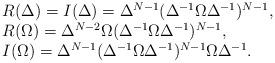
LaTeX: \begin{align*}\begin{array}{l}R(\Delta )= I(\Delta )=\Delta^{N-1} (\Delta^{-1} \Omega \Delta^{-1} )^{N-1}, \\R(\Omega )=\Delta^{N-2} \Omega (\Delta^{-1} \Omega \Delta^{-1} )^{N-1}, \\I(\Omega )= \Delta^{N-1} (\Delta^{-1} \Omega \Delta^{-1} )^{N-1} \Omega\Delta^{-1}.\end{array}\end{align*}